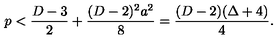
p < { \frac { D - 3 } { 2 } } + { \frac { ( D - 2 ) ^ { 2 } a ^ { 2 } } { 8 } } = { \frac { ( D - 2 ) ( \Delta + 4 ) } { 4 } } .